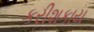
કરીશકાય